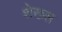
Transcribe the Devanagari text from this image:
शेख्स